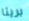
بريتا